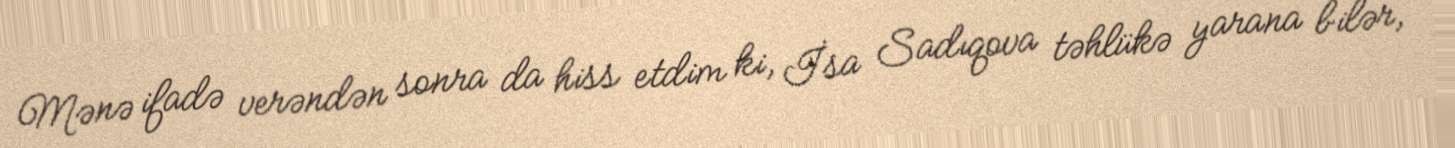
Mənə ifadə verəndən sonra da hiss etdim ki, İsa Sadıqova təhlükə yarana bilər,